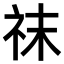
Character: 𥘯